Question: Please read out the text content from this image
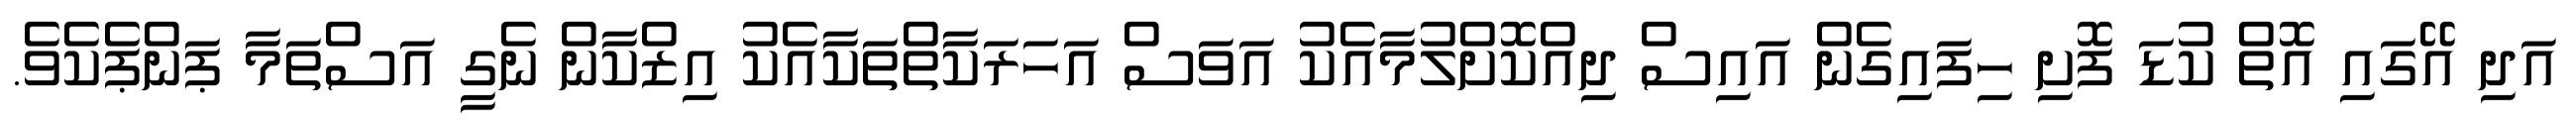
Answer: އަދި އޭގައި އޮތް ކުޑަ ފޮށި ހިފައިގެން އައިސް ދިއްކޮށްލުމާއެކު އަވަސް އަހަރަކާތްތަކާއެކު އިޒްކާން ނެގީ އަސްތަމާ ޕަންޕެކެވެ.